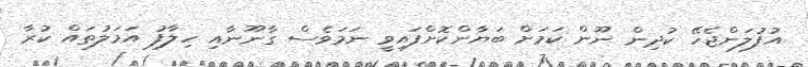
އުފުލަންޖެހޭ ކުދިން ނޫން ކަމަށް ބަޔާންކޮށްފައިވީ ނަމަވެސް ގާނޫނާއި ހިލާފު އަމަލުތައް ކުރާ